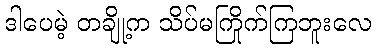
ဒါပေမဲ့ တချို့က သိပ်မကြိုက်ကြဘူးလေ